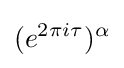
(e^{2\pi i\tau })^{\alpha }